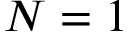
N = 1